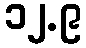
၁၂.၉